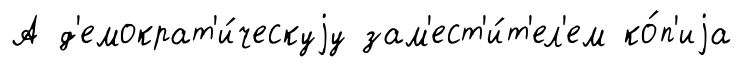
А д'емократ'и́ческуjу зам'ест'и́т'ел'ем ко́п'иjа